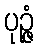
ပုဉ္ဇံ